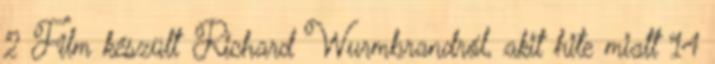
2 Film készült Richard Wurmbrandról, akit hite miatt 14